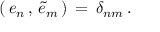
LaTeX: \left( \, e _ { n } \, , \, \tilde { e } _ { m } \, \right) \, = \, \delta _ { n m } \, .